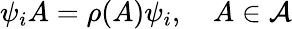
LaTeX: \psi_{i}A=\rho(A)\psi_{i},\quad A\in\mathcal{A}